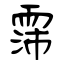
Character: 霈